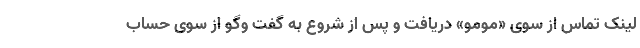
لینک تماس از سوی «مومو» دریافت و پس از شروع به گفت وگو از سوی حساب